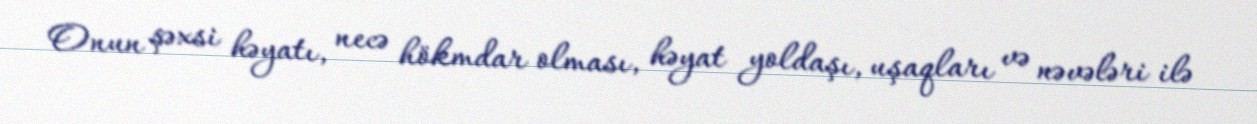
Onun şəxsi həyatı, necə hökmdar olması, həyat yoldaşı, uşaqları və nəvələri ilə